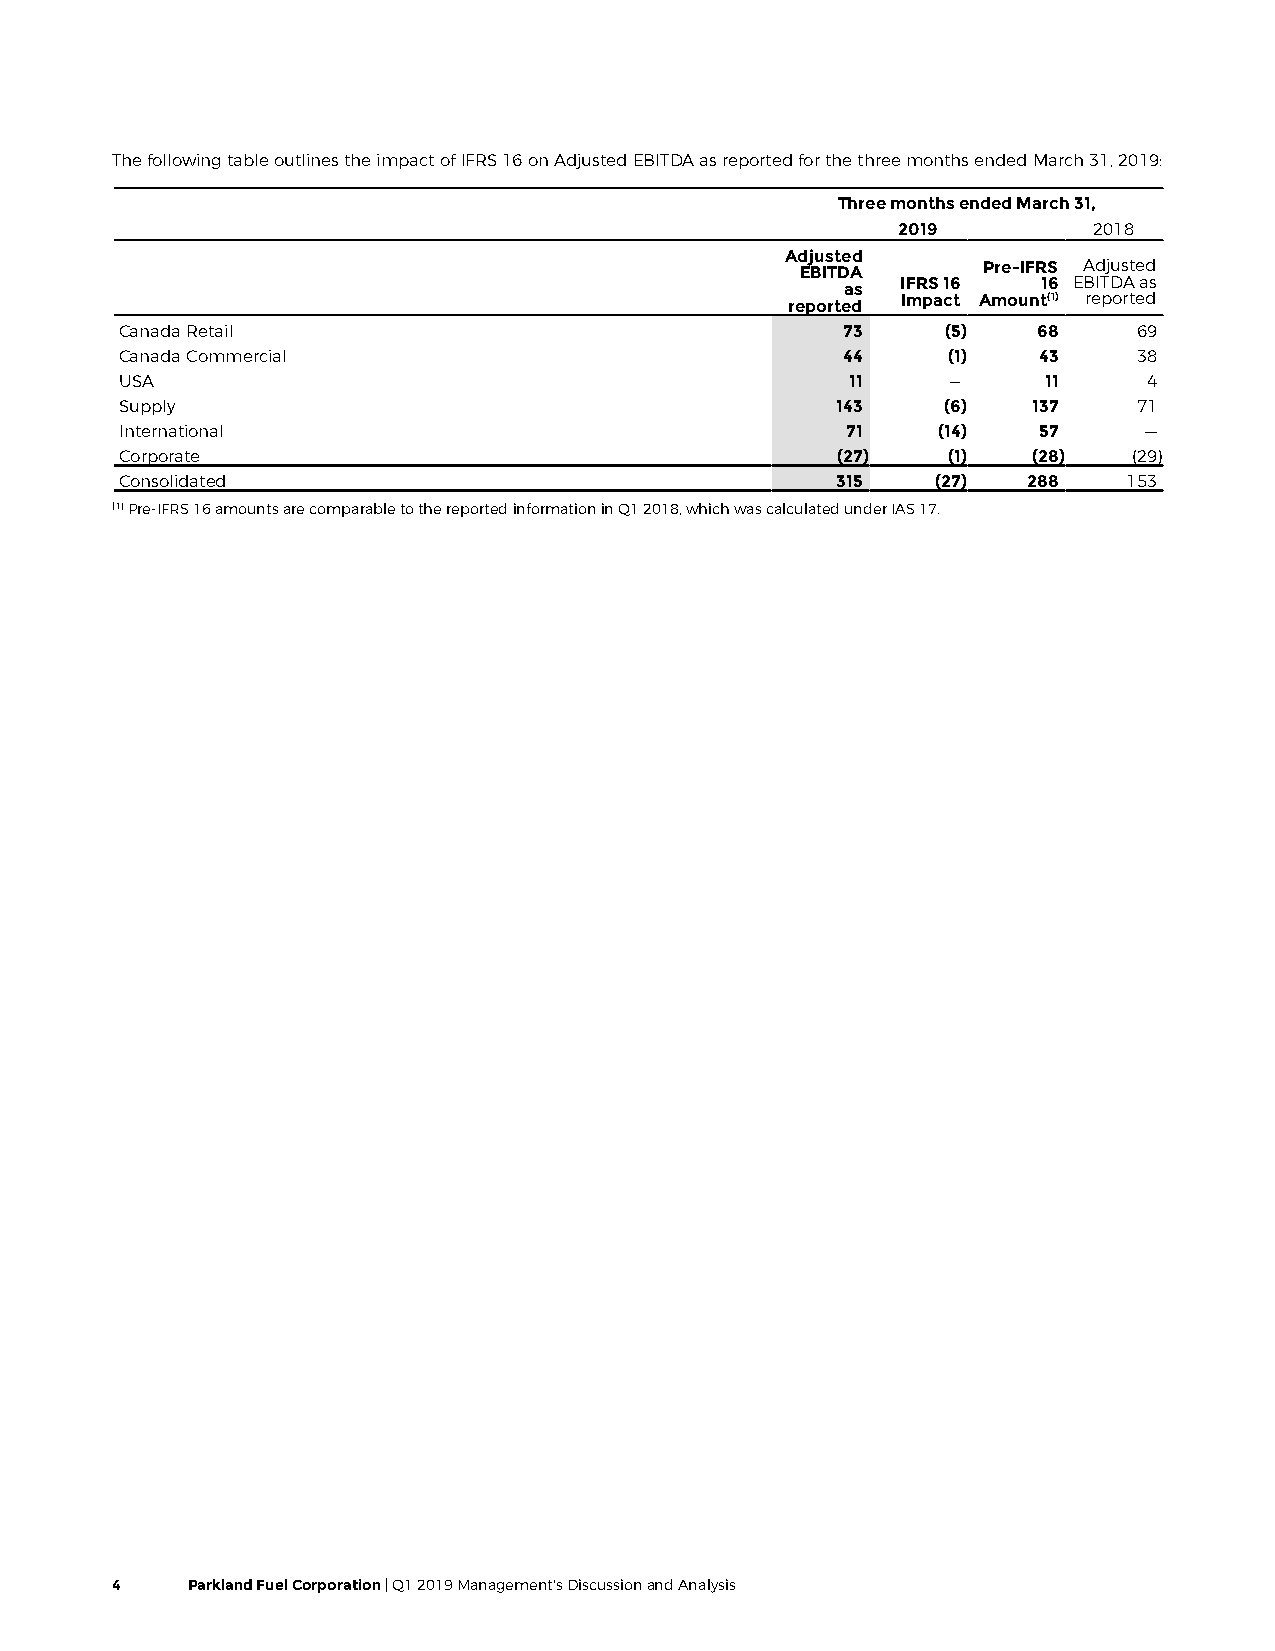
The following table outlines the impact of IFRS 16 on Adjusted EBITDA as reported for the three months ended March 31, 2019:
 Three months ended March 31,
 2019         2018
 Adjusted
 EBITDA      Pre-IFRS Adjusted
 as  IFRS 16  16 EBITDA as
 reported Impact Amount(1) reported
 Canada Retail                                   73     (5)   68    69
 Canada Commercial                               44     (1)   43    38
 USA                                             11     —     11     4
 Supply                                         143     (6)  137    71
 International                                   71    (14)   57     —
 Corporate                                      (27)    (1)  (28)   (29)
 Consolidated                                   315    (27)  288    153
 (1) Pre-IFRS 16 amounts are comparable to the reported information in Q1 2018, which was calculated under IAS 17.
 4    Parkland Fuel Corporation | Q1 2019 Management's Discussion and Analysis